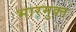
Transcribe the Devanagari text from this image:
भारमुक्त